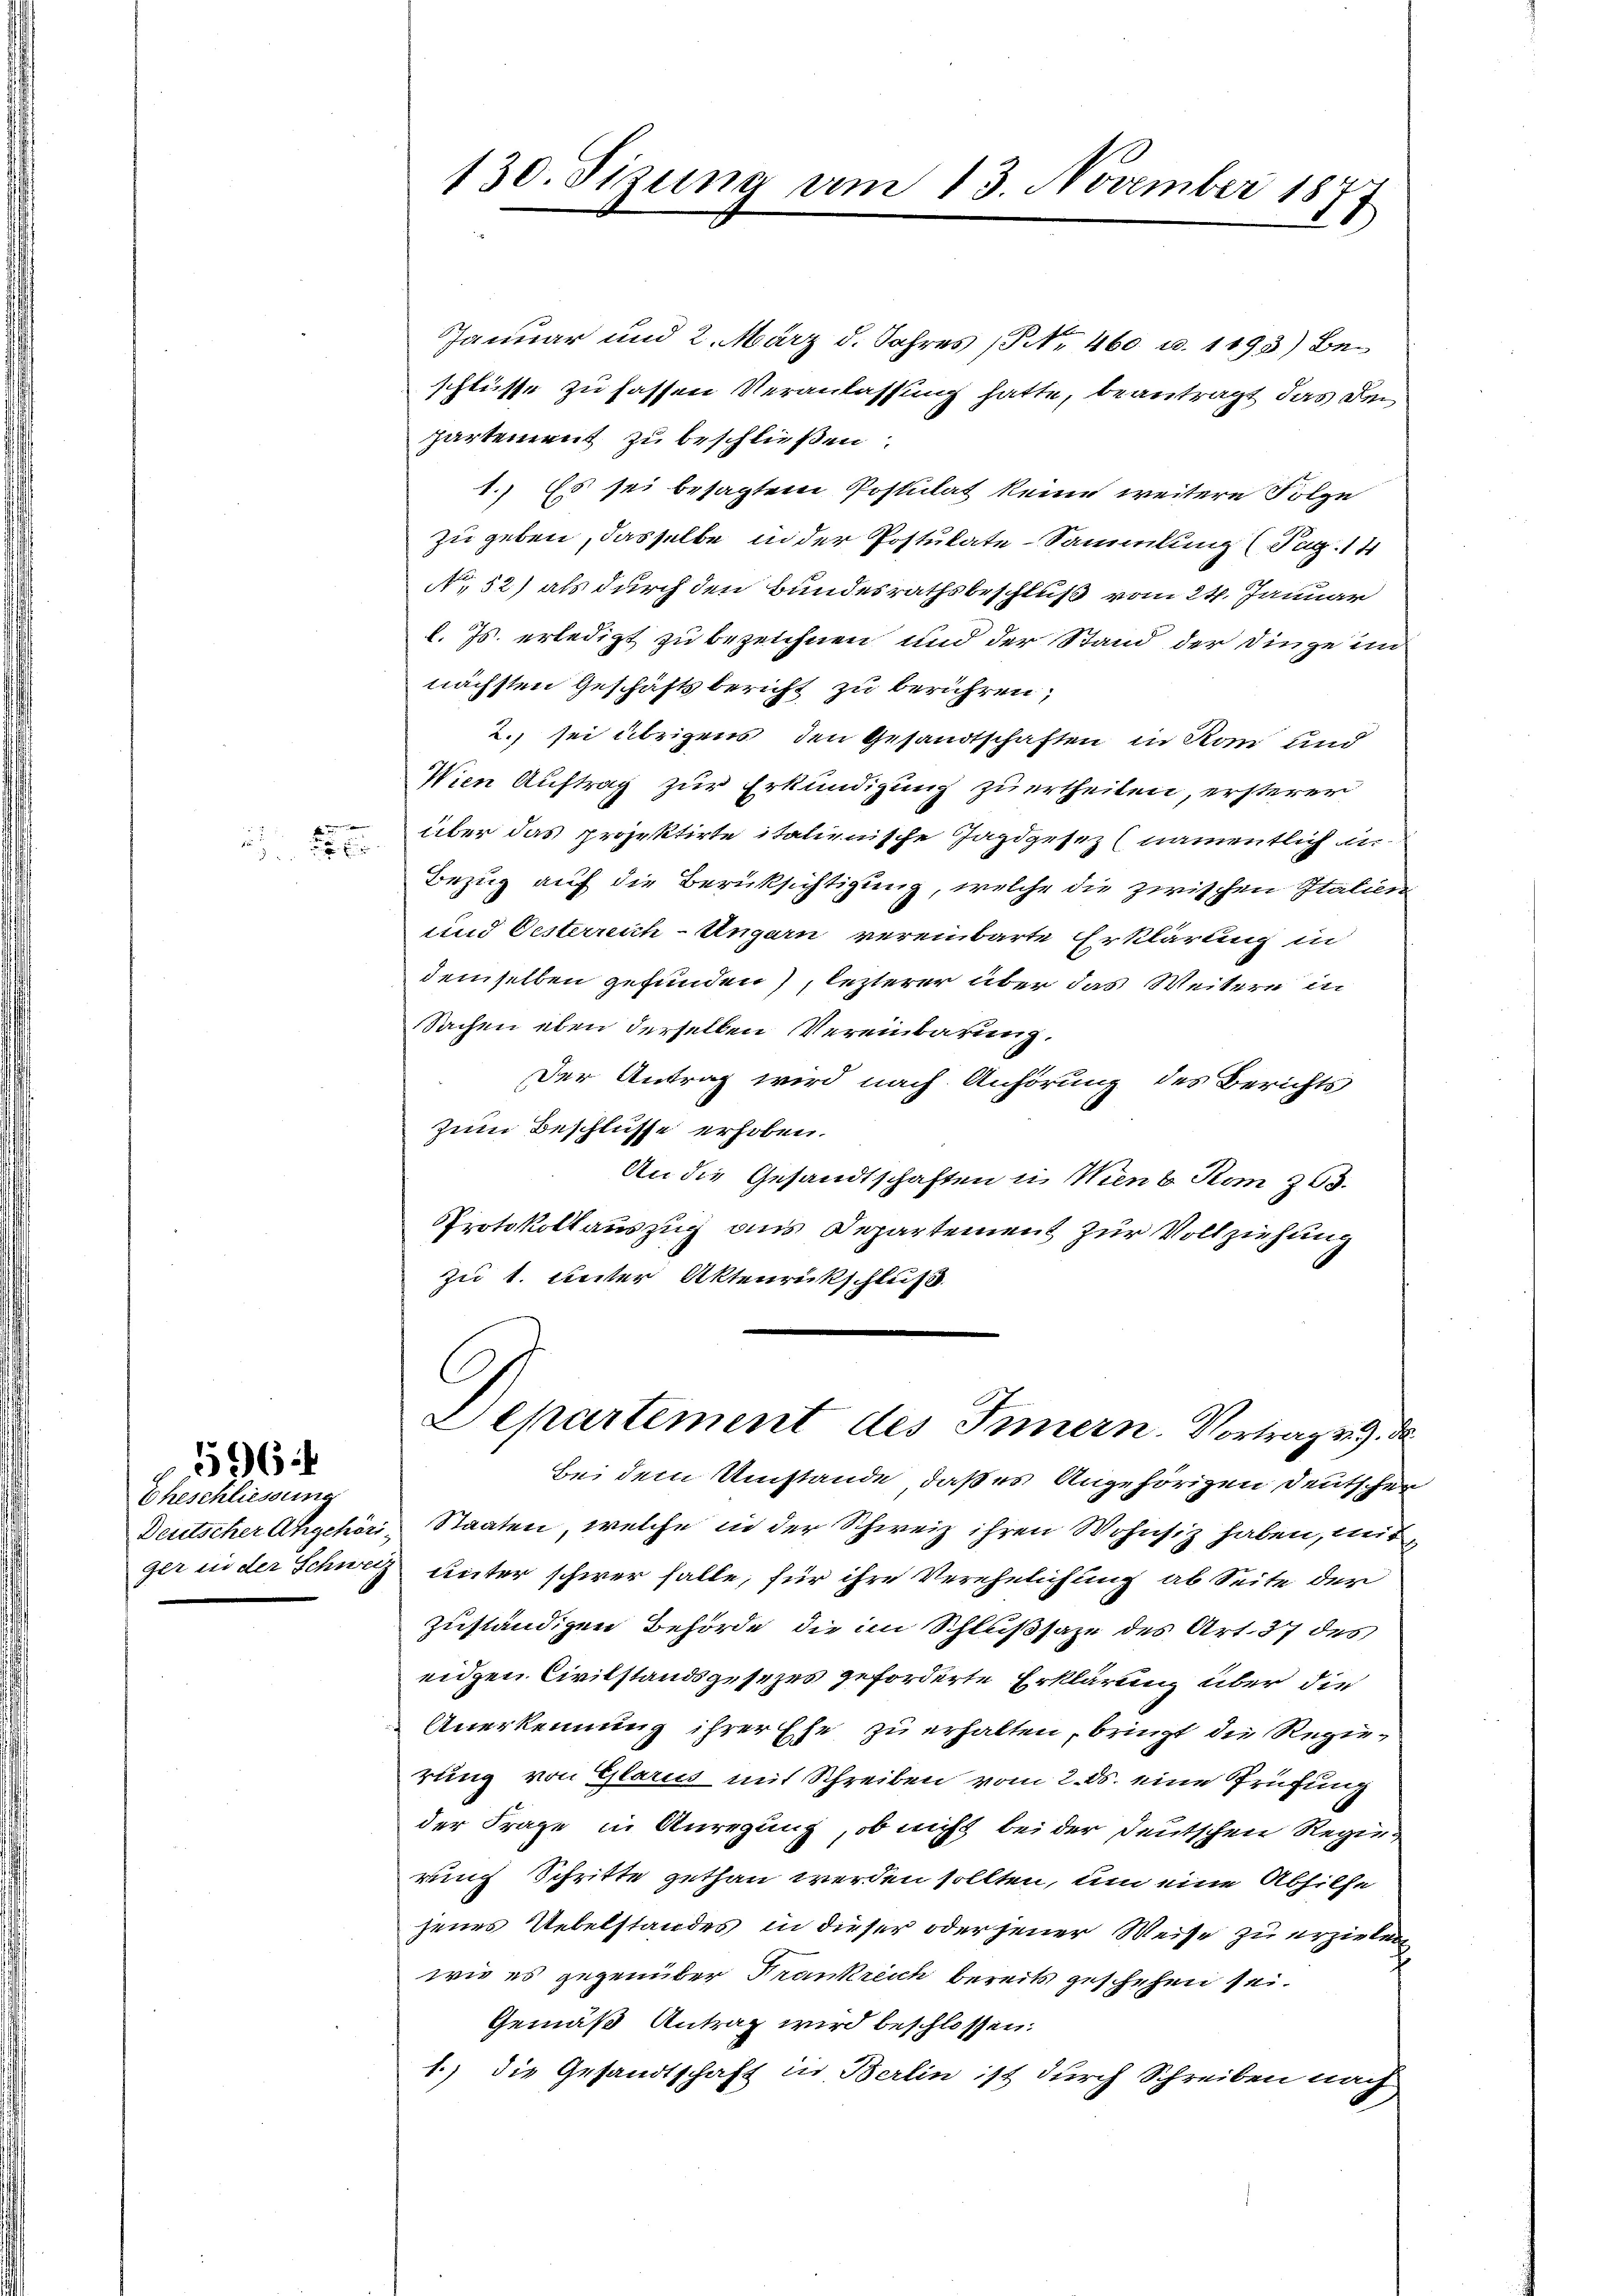
f

Eheschliessung

5964

130. Sizung am 13. November 1877

Januar und 2. März d. Jahres (Nr. 460 u. 1195) Beschlüsse zu fassen Veranlassung hatte, beantragt das Den
partement zu beschließen:
1.) Es sei besagtem Postulat keine weitere Folge
zu geben, dasselbe in der Postulate Sammlung (Pag. 14
No 52) als durch den Bundesrathsbeschluß vom 24. Januar
l. Js. erledigt zu bezeichnen und der Stand der Dinge in
nächsten Geschäftsbericht zu berühren,
2. sei übrigens den Gesandtschaften in Rom und
Nien Auftrag zur Erkundigung zu ertheilen, ersterer
über das projektirte italienische Jagdgesez (namentlich an
Bezug auf die Berücksichtigung, welche die zwischen Italien
und Oesterreich-Ungarn vereinbarte Erklärung in
demselben gefunden), lezterer über das Weitern in
Sachen eben derselben Vereinbarung.
Der Antrag wird nach Anhörung des Berichts
zum Beschlüsse erhoben.
An die Gesandtschaften in Menb Rom 263.
Protokollauszug aus Departement zur Vollziehung
zu 1. Unter Aktenrückschluß
C
Departement des Innern. Vortrag zu de
bei dem Umstände, daß es Angehörigen Deutscher
Deutscher Angehör Staaten, welche in der Schweiz ihren Wohnsiz haben, mit
ger in der Schweiz unter schwer falle, für ihre Verehelichung ab Seite der
zuständigen Behörde die im Schlußsaze des Art. 37 des
eidgen. Civilstandsgesezes geforderte Erklärung über die
Anerkennung ihrer Ehe zu erhalten, bringt die Regierung von Glarus mit Schreiben vom 2. ds. eine Prüfung
der Frage in Anregung, ob nicht bei der deutschen Regierung Schritte gethan werden sollten, um eine Abhilfe
jenes Uebelstandes in dieser oder jener Weise zu erzielen
wie es gegenüber Frankreich bereits geschehen sei.
Gemäß Antrag wird beschlossen.
1.) Die Gesandtschaft in Berlin ist durch Schreiben nach